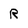
Character: R